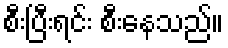
စီးပြီးရင်း စီးနေသည်။